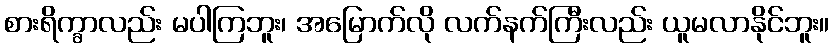
စားရိက္ခာလည်း မပါကြဘူး၊ အမြောက်လို လက်နက်ကြီးလည်း ယူမလာနိုင်ဘူး။